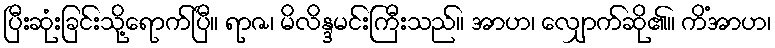
ပြီးဆုံးခြင်းသို့ရောက်ပြီ။ ရာဇ၊ မိလိန္ဒမင်းကြီးသည်။ အာဟ၊ လျှောက်ဆို၏။ ကိံအာဟ၊